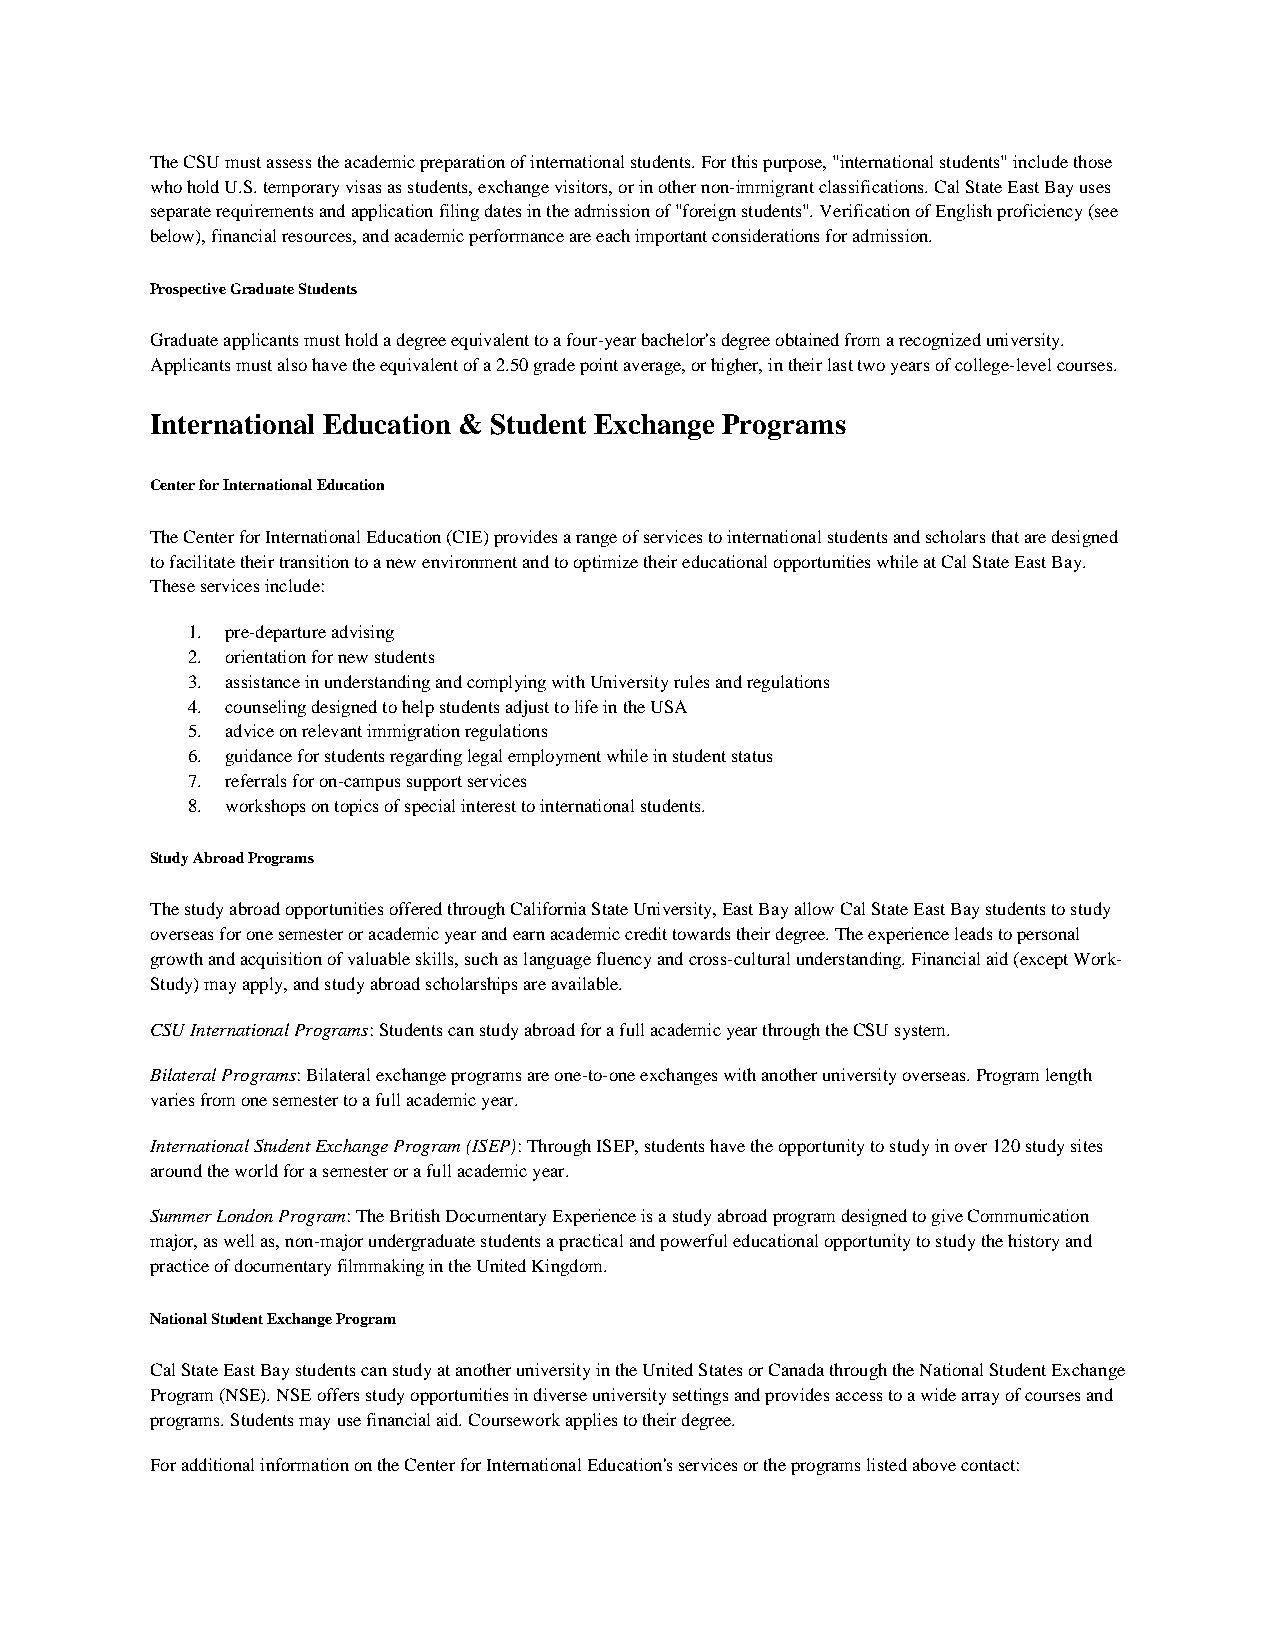
The CSU must assess the academic preparation of international students. For this purpose, "international students" include those
 who hold U.S. temporary visas as students, exchange visitors, or in other non-immigrant classifications. Cal State East Bay uses
 separate requirements and application filing dates in the admission of "foreign students". Verification of English proficiency (see
 below), financial resources, and academic performance are each important considerations for admission.
 Prospective Graduate Students
 Graduate applicants must hold a degree equivalent to a four-year bachelor's degree obtained from a recognized university.
 Applicants must also have the equivalent of a 2.50 grade point average, or higher, in their last two years of college-level courses.
 International Education & Student Exchange Programs
 Center for International Education
 The Center for International Education (CIE) provides a range of services to international students and scholars that are designed
 to facilitate their transition to a new environment and to optimize their educational opportunities while at Cal State East Bay.
 These services include:
 1. pre-departure advising
 2. orientation for new students
 3. assistance in understanding and complying with University rules and regulations
 4. counseling designed to help students adjust to life in the USA
 5. advice on relevant immigration regulations
 6. guidance for students regarding legal employment while in student status
 7. referrals for on-campus support services
 8. workshops on topics of special interest to international students.
 Study Abroad Programs
 The study abroad opportunities offered through California State University, East Bay allow Cal State East Bay students to study
 overseas for one semester or academic year and earn academic credit towards their degree. The experience leads to personal
 growth and acquisition of valuable skills, such as language fluency and cross-cultural understanding. Financial aid (except Work-
 Study) may apply, and study abroad scholarships are available.
 CSU International Programs: Students can study abroad for a full academic year through the CSU system.
 Bilateral Programs: Bilateral exchange programs are one-to-one exchanges with another university overseas. Program length
 varies from one semester to a full academic year.
 International Student Exchange Program (ISEP): Through ISEP, students have the opportunity to study in over 120 study sites
 around the world for a semester or a full academic year.
 Summer London Program: The British Documentary Experience is a study abroad program designed to give Communication
 major, as well as, non-major undergraduate students a practical and powerful educational opportunity to study the history and
 practice of documentary filmmaking in the United Kingdom.
 National Student Exchange Program
 Cal State East Bay students can study at another university in the United States or Canada through the National Student Exchange
 Program (NSE). NSE offers study opportunities in diverse university settings and provides access to a wide array of courses and
 programs. Students may use financial aid. Coursework applies to their degree.
 For additional information on the Center for International Education's services or the programs listed above contact: